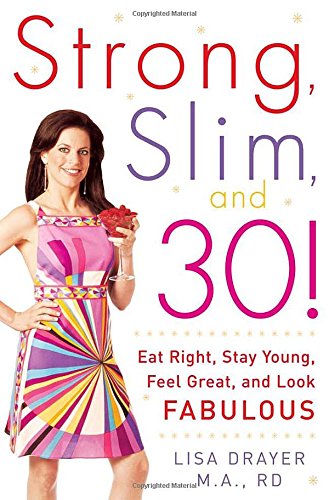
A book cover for Strong, Slim, and 30: Eat Right, Stay Young, Feel Great, and Look Fabulous!; Lisa Drayer; Health, Fitness & Dieting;